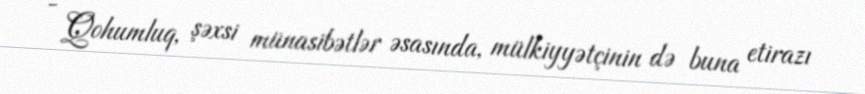
- Qohumluq, şəxsi münasibətlər əsasında, mülkiyyətçinin də buna etirazı